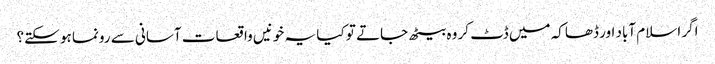
اگر اسلام آباد اور ڈھاکہ میں ڈٹ کر وہ بیٹھ جاتے تو کیا یہ خونیں واقعات آسانی سے رونما ہو سکتے؟